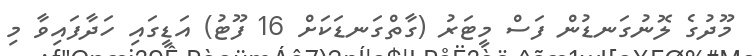
މޫދުގެ ލޮނުގަނޑުން ފަސް މީޓަރު (ގާތްގަނޑަކަށް 16 ފޫޓު) އަޑީގައި ހަދާފައިވާ މި